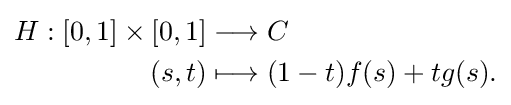
{\begin{aligned}H:[0,1]\times [0,1]&\longrightarrow C\\(s,t)&\longmapsto (1-t)f(s)+tg(s).\end{aligned}}